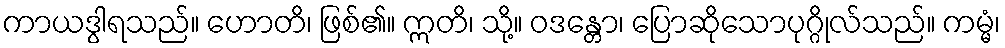
ကာယဒွါရသည်။ ဟောတိ၊ ဖြစ်၏။ ဣတိ၊ သို့။ ဝဒန္တော၊ ပြောဆိုသောပုဂ္ဂိုလ်သည်။ ကမ္မံ၊